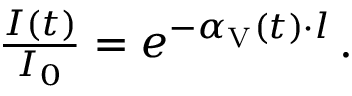
\begin{array} { r } { \frac { I ( t ) } { I _ { 0 } } = e ^ { - \alpha _ { \mathrm { V } } ( t ) \cdot l } \, . } \end{array}